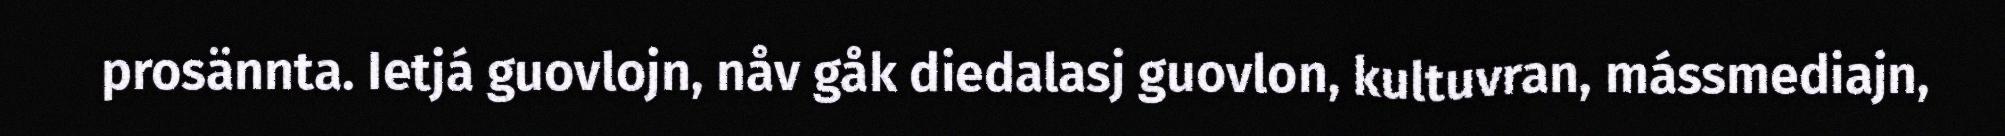
prosännta. Ietjá guovlojn, nåv gåk diedalasj guovlon, kultuvran, mássmediajn,